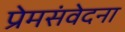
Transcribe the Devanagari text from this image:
प्रेमसंवेदना